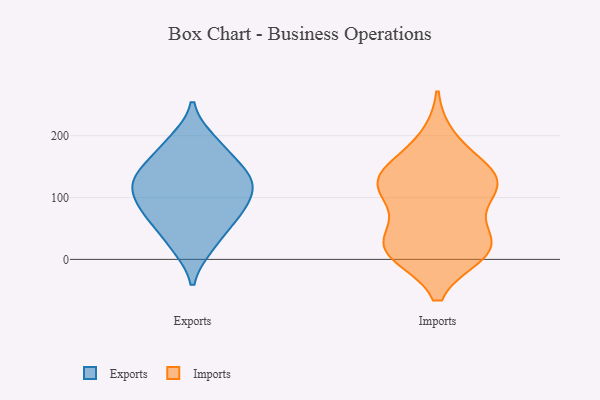
{"axis": {"x": "Net Income (USD K)", "y": "Value"}, "legend": ["Exports", "Imports"], "data": [{"x": "", "y": 106, "type": "Exports"}, {"x": "", "y": 112, "type": "Exports"}, {"x": "", "y": 139, "type": "Exports"}, {"x": "", "y": 125, "type": "Exports"}, {"x": "", "y": 21, "type": "Exports"}, {"x": "", "y": 94, "type": "Exports"}, {"x": "", "y": 64, "type": "Exports"}, {"x": "", "y": 171, "type": "Exports"}, {"x": "", "y": 68, "type": "Exports"}, {"x": "", "y": 84, "type": "Exports"}, {"x": "", "y": 64, "type": "Exports"}, {"x": "", "y": 192, "type": "Exports"}, {"x": "", "y": 134, "type": "Exports"}, {"x": "", "y": 145, "type": "Exports"}, {"x": "", "y": 21, "type": "Exports"}, {"x": "", "y": 188, "type": "Exports"}, {"x": "", "y": 128, "type": "Exports"}, {"x": "", "y": 194, "type": "Imports"}, {"x": "", "y": 153, "type": "Imports"}, {"x": "", "y": 22, "type": "Imports"}, {"x": "", "y": 136, "type": "Imports"}, {"x": "", "y": 123, "type": "Imports"}, {"x": "", "y": 32, "type": "Imports"}, {"x": "", "y": 11, "type": "Imports"}, {"x": "", "y": 13, "type": "Imports"}, {"x": "", "y": 13, "type": "Imports"}, {"x": "", "y": 111, "type": "Imports"}, {"x": "", "y": 100, "type": "Imports"}, {"x": "", "y": 118, "type": "Imports"}, {"x": "", "y": 35, "type": "Imports"}, {"x": "", "y": 131, "type": "Imports"}]}